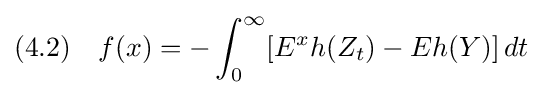
(4.2)\quad f(x)=-\int _{0}^{\infty }[E^{x}h(Z_{t})-Eh(Y)]\,dt